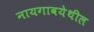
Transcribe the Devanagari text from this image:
नायगावयेथील